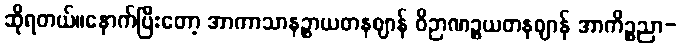
ဆိုရတယ်။နောက်ပြီးတော့ အာကာသာနဉ္စာယတနဈာန် ဝိဉာဏဉ္စယတနဈာန် အာကိဉ္စညာ-